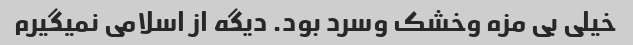
خیلی بی مزه وخشک وسرد بود. دیگه از اسلامی نمیگیرم